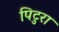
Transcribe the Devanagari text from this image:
पिटुरा